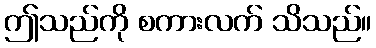
ဤသည်ကို စကားလက် သိသည်။